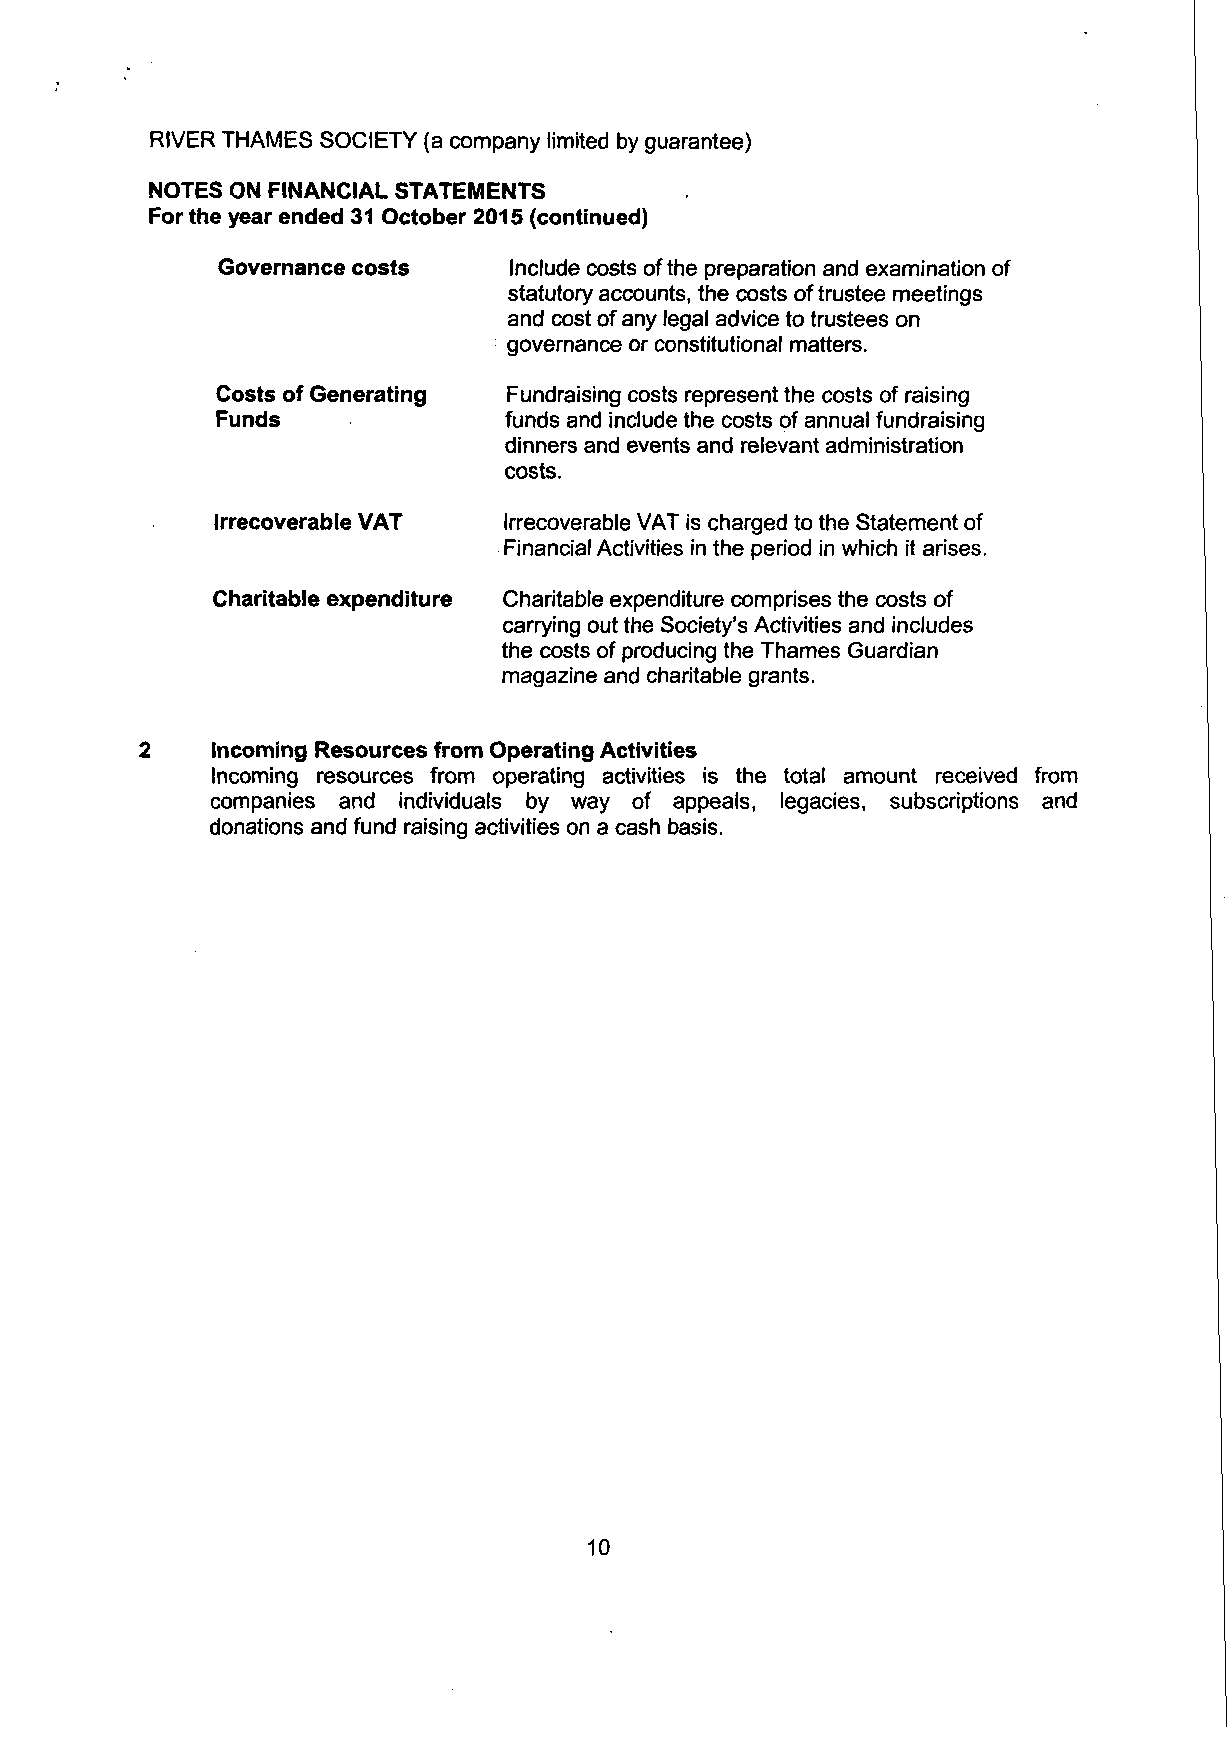
RIVER THAMES SOCIETY (a company limited by guarantee)
 NOTES ON FINANCIAL STATEMENTS
 For the year ended 31 October 2015 (continued)
 Governance costs    Include costs ofthe preparation and examination of
 statutory accounts, the costs of trustee meetings
 and cost of any legal advice to trustees on
 governance or constitutional matters.
 Costs of Generating Fundraising costs represent the costs of raising
 Funds              funds and include the costs of annual fundraising
 dinners and events and relevant administration
 costs.
 Irrecoverable VAT  Irrecoverable VAT is charged to the Statement of
 Financial Activities in the period in which it arises.
 Charitable expenditure Charitable expenditure comprises the costs of
 carrying out the Society's Activities and includes
 the costs of producing the Thames Guardian
 magazine and charitable grants.
 2    Incoming Resources from Operating Activities
 Incoming resources from operating activities is the total amount received from
 companies and individuals by way of appeals, legacies, subscriptions and
 donations and fund raising activities on a cash basis.
 10